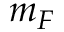
m _ { F }